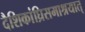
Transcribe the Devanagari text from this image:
दैशिकांघ्रिसमाश्रयात्